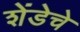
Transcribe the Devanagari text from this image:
शेंडेचे